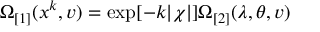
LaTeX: \Omega _ { \lbrack 1 ] } ( x ^ { k } , v ) = \exp [ - k | \chi | ] \Omega _ { \lbrack 2 ] } ( \lambda , \theta , v )